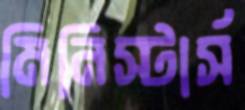
মিনিস্টার্স